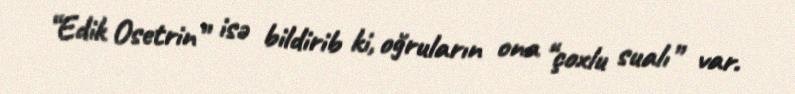
“Edik Osetrin” isə bildirib ki, oğruların ona “çoxlu sualı” var.